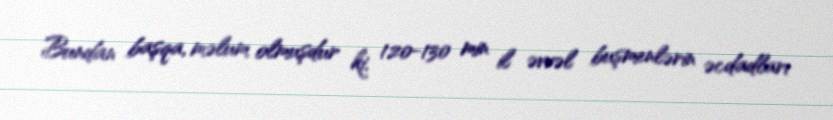
Bundan başqa, məlum olmuşdur ki, 120-130 min il əvvəl buşmenlərin əcdadları